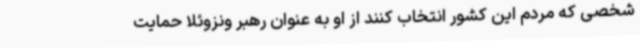
شخصی که مردم این کشور انتخاب کنند از او به عنوان رهبر ونزوئلا حمایت